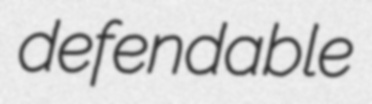
defendable